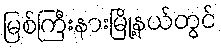
မြစ်ကြီးနားမြို့နယ်တွင်